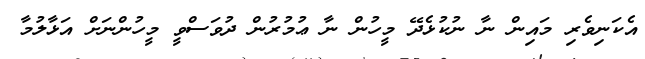
އެކަނިވެރި މައިން ނާ ނުކުޅެދޭ މީހުން ނާ ޢުމުރުން ދުވަސްވީ މީހުންނަށް އަޅާލުމާ